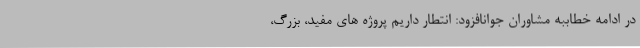
در ادامه خطاببه مشاوران جوانافزود: انتطار داریم پروژه های مفید، بزرگ،